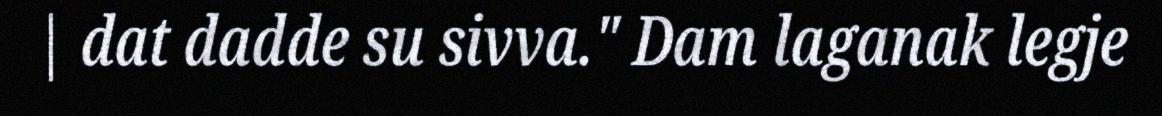
| dat dadde su sivva." Dam laganak legje